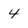
Character: 4